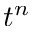
t ^ { n }